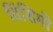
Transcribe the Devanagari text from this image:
विंडिगो